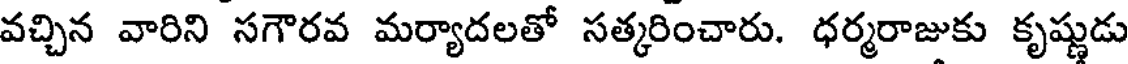
వచ్చిన వారిని సగౌరవ మర్యాదలతో సత్కరించారు. ధర్మరాజుకు కృష్ణుడు